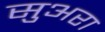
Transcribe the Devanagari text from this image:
सुअरा